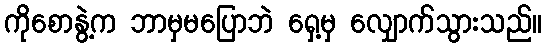
ကိုစောနွဲ့က ဘာမှမပြောဘဲ ရှေ့မှ လျှောက်သွားသည်။